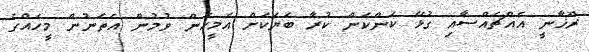
ރޫޚާނީ އެއްޗެއްސާއި ގުޅޭ ކަންކަން ކުރާ ބަޔަކަށް އެމީހުން ވުމުން އެތަނުން މީހެއްގެ